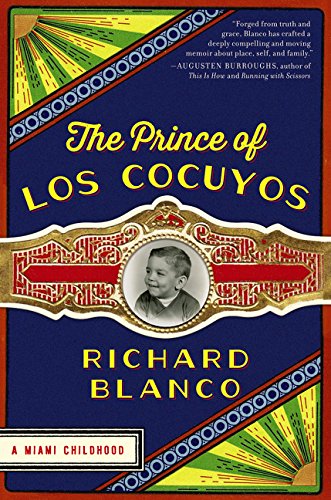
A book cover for The Prince of los Cocuyos: A Miami Childhood; Richard Blanco; Literature & Fiction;